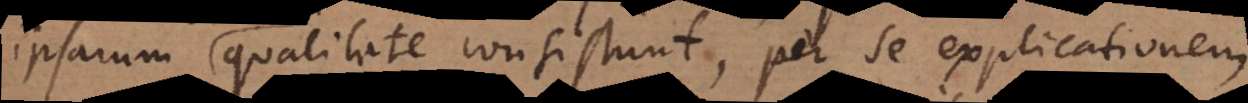
ipsarum qualitate consistunt, per se explicationem